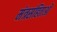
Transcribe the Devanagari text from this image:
मंत्रसंहिताओं